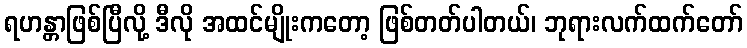
ရဟန္တာဖြစ်ပြီလို့ ဒီလို အထင်မျိုးကတော့ ဖြစ်တတ်ပါတယ်၊ ဘုရားလက်ထက်တော်